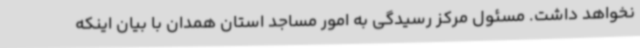
نخواهد داشت. مسئول مرکز رسیدگی به امور مساجد استان همدان با بیان اینکه